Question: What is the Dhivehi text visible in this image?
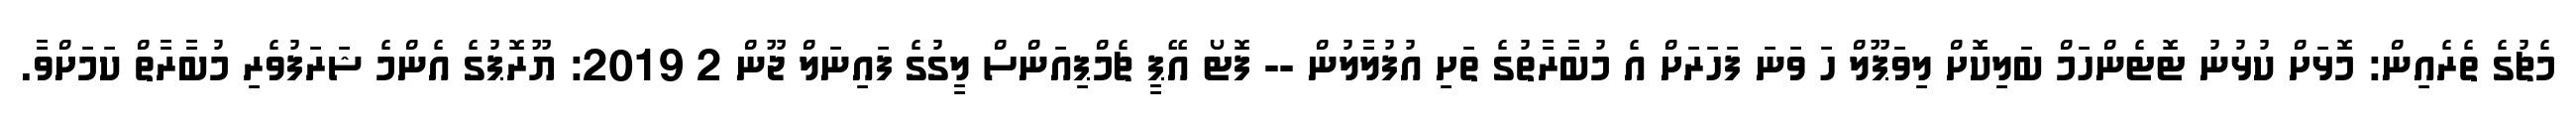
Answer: މެޗުގެ ތެރެއިން: މޮޅަށް ކުޅުނު ޓޮޓެންހަމް ބަލިކޮށް ލިވަޕޫލް ހަ ވަނަ ފަހަރަށް އެ މުބާރާތުގެ ތަށި އުފުލާލުން -- ފޮޓޯ އޭޕީ ޗެމްޕިއަންސް ލީގުގެ ފައިނަލް ޖޫން 2 2019: ޔޫރޮޕުގެ އެންމެ ޝަރަފުވެރި މުބާރާތް ކަމަށްވާ.